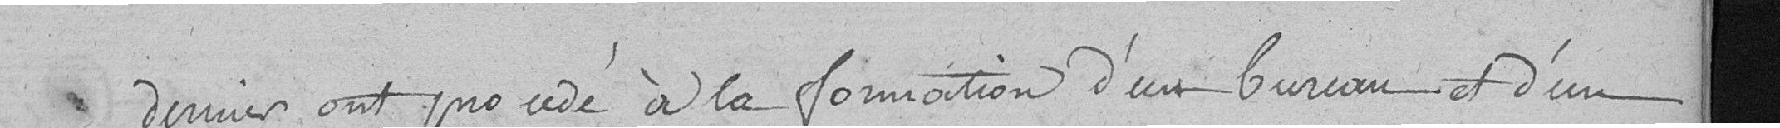
dernier ont procédé à la formation d'un bureau et d'un